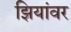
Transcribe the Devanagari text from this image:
झियांवर